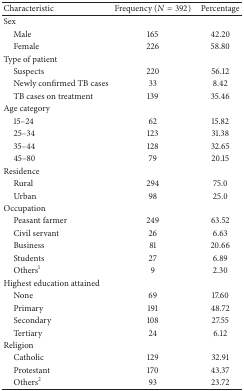
| Characteristic | Frequency (N = 392) | Percentage |
 | --- | --- | --- |
 | Sex |  |  |
 | Male | 165 | 42.20 |
 | Female | 226 | 58.80 |
 | Type of patient |  |  |
 | Suspects | 220 | 56.12 |
 | Newly confirmed TB cases | 33 | 8.42 |
 | TB cases on treatment | 139 | 35.46 |
 | Age category |  |  |
 | 15–24 | 62 | 15.82 |
 | 25–34 | 123 | 31.38 |
 | 35–44 | 128 | 32.65 |
 | 45–80 | 79 | 20.15 |
 | Residence |  |  |
 | Rural | 294 | 75.0 |
 | Urban | 98 | 25.0 |
 | Occupation |  |  |
 | Peasant farmer | 249 | 63.52 |
 | Civil servant | 26 | 6.63 |
 | Business | 81 | 20.66 |
 | Students | 27 | 6.89 |
 | Others1 | 9 | 2.30 |
 | Highest education attained |  |  |
 | None | 69 | 17.60 |
 | Primary | 191 | 48.72 |
 | Secondary | 108 | 27.55 |
 | Tertiary | 24 | 6.12 |
 | Religion |  |  |
 | Catholic | 129 | 32.91 |
 | Protestant | 170 | 43.37 |
 | Others2 | 93 | 23.72 |